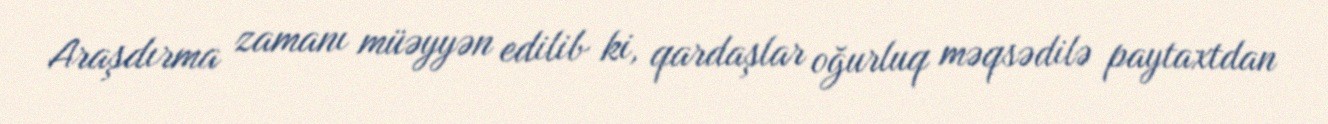
Araşdırma zamanı müəyyən edilib ki, qardaşlar oğurluq məqsədilə paytaxtdan